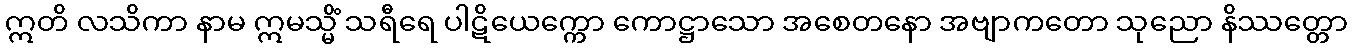
ဣတိ လသိကာ နာမ ဣမသ္မိံ သရီရေ ပါဋိယေက္ကော ကောဋ္ဌာသော အစေတနော အဗျာကတော သုညော နိဿတ္တော